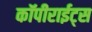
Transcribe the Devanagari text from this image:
कॉपीराईट्स